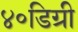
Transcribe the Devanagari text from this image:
४०डिग्री